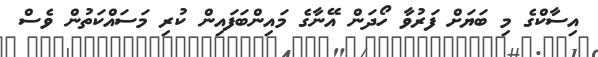
އިސާކްގެ މި ބަޔަށް ފަރުވާ ހޯދަން އޭނާގެ މައިންބަފައިން ކުރި މަސައްކަތުން ވެސް